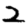
Digit: 2